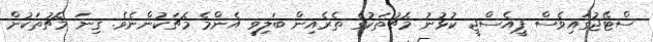
ސްޓޭޖުގައިވެސް ޕީއެސްޖީ ކުޅުނު މެޗުތަކުގެ ތެރެއިން ބަލިވީ އެންމެ މެޗަކުންނެވެ. ގިނަ މެޗުތަކުން